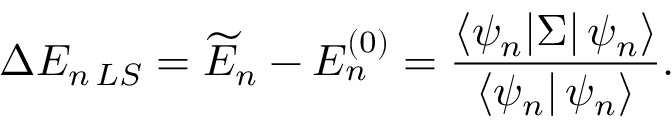
\Delta E _ { n \, L S } = \widetilde { E } _ { n } - E _ { n } ^ { ( 0 ) } = \frac { \langle \psi _ { n } | \Sigma | \, \psi _ { n } \rangle } { \langle \psi _ { n } | \, \psi _ { n } \rangle } .